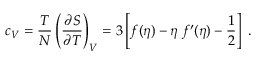
c _ { V } = { \frac { T } { N } } \left( { \frac { \partial S } { \partial T } } \right) _ { V } = 3 \left[ f ( \eta ) - \eta \; f ^ { \prime } ( \eta ) - \frac 1 2 \right] \; .